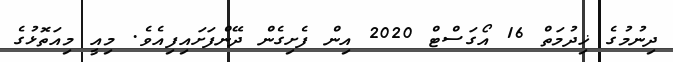
ދިނުމުގެ ޚިދުމަތް 16 އޯގަސްޓް 2020 އިން ފެށިގެން ދޭންފަށައިފިއެވެ. މިއީ މިއަތޮޅުގެ